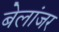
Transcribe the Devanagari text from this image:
बेलांजर